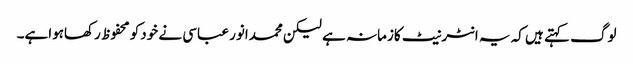
لوگ کہتے ہیں کہ یہ انٹرنیٹ کازمانہ ہے لیکن محمدانور عباسی نے خودکو محفوظ رکھاہواہے۔